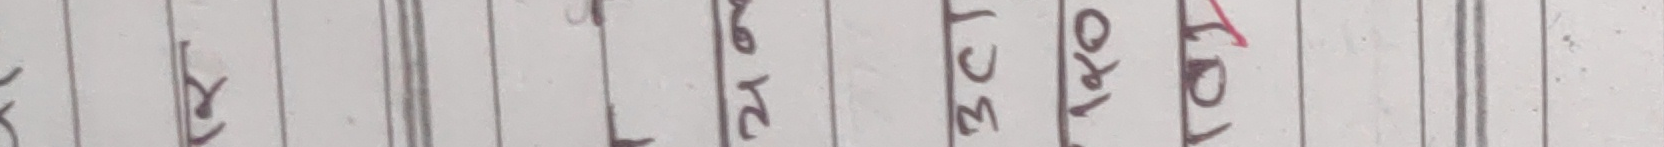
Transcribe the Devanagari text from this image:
२८ ३८० ५०१